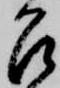
召